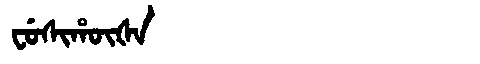
Manchu: ᠸᡠᠰᡳᡥᡡᡧᠠ
Romanization: FUSIHŪŠA